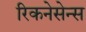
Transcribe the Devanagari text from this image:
रिकनेसेन्स